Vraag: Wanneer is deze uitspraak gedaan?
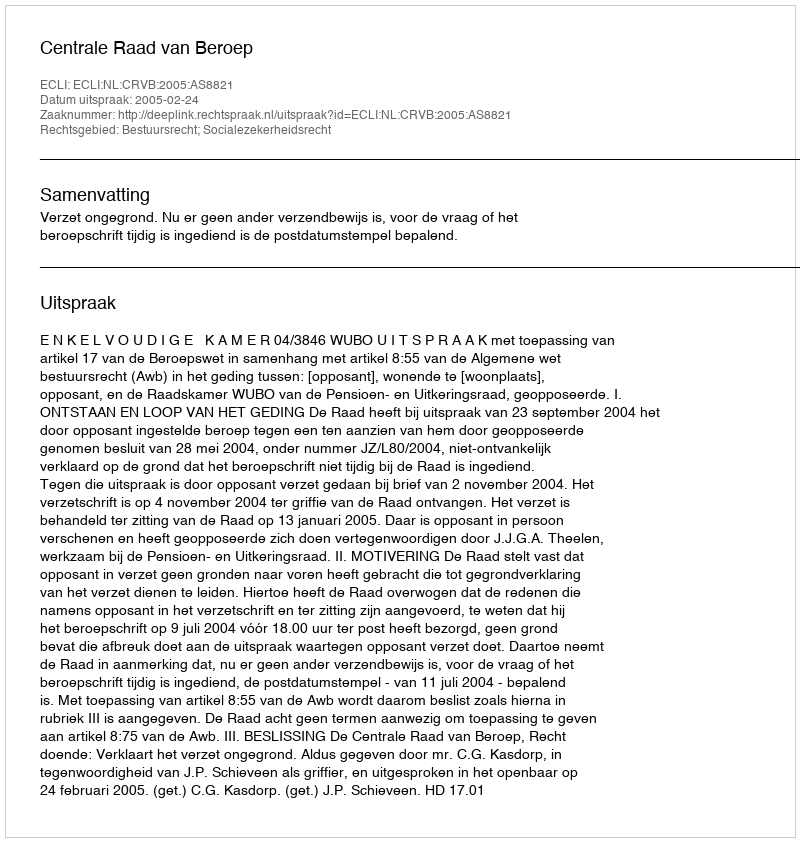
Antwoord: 2005-02-24